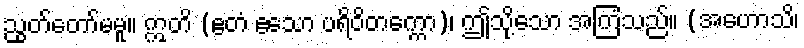
ညွတ်တော်မမူ။ ဣတိ (ဧတံ ဧသော ပရိဝိတက္ကော)၊ ဤသို့သော အကြံသည်။ (အဟောသိ၊